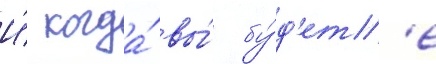
И́ когда́ вы́ бу́д'ет'е